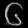
Digit: ၆